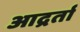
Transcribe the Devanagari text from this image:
आद्रर्ता